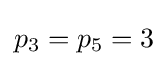
p_{3}=p_{5}=3